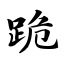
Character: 跪